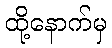
ထို့နောက်မှ